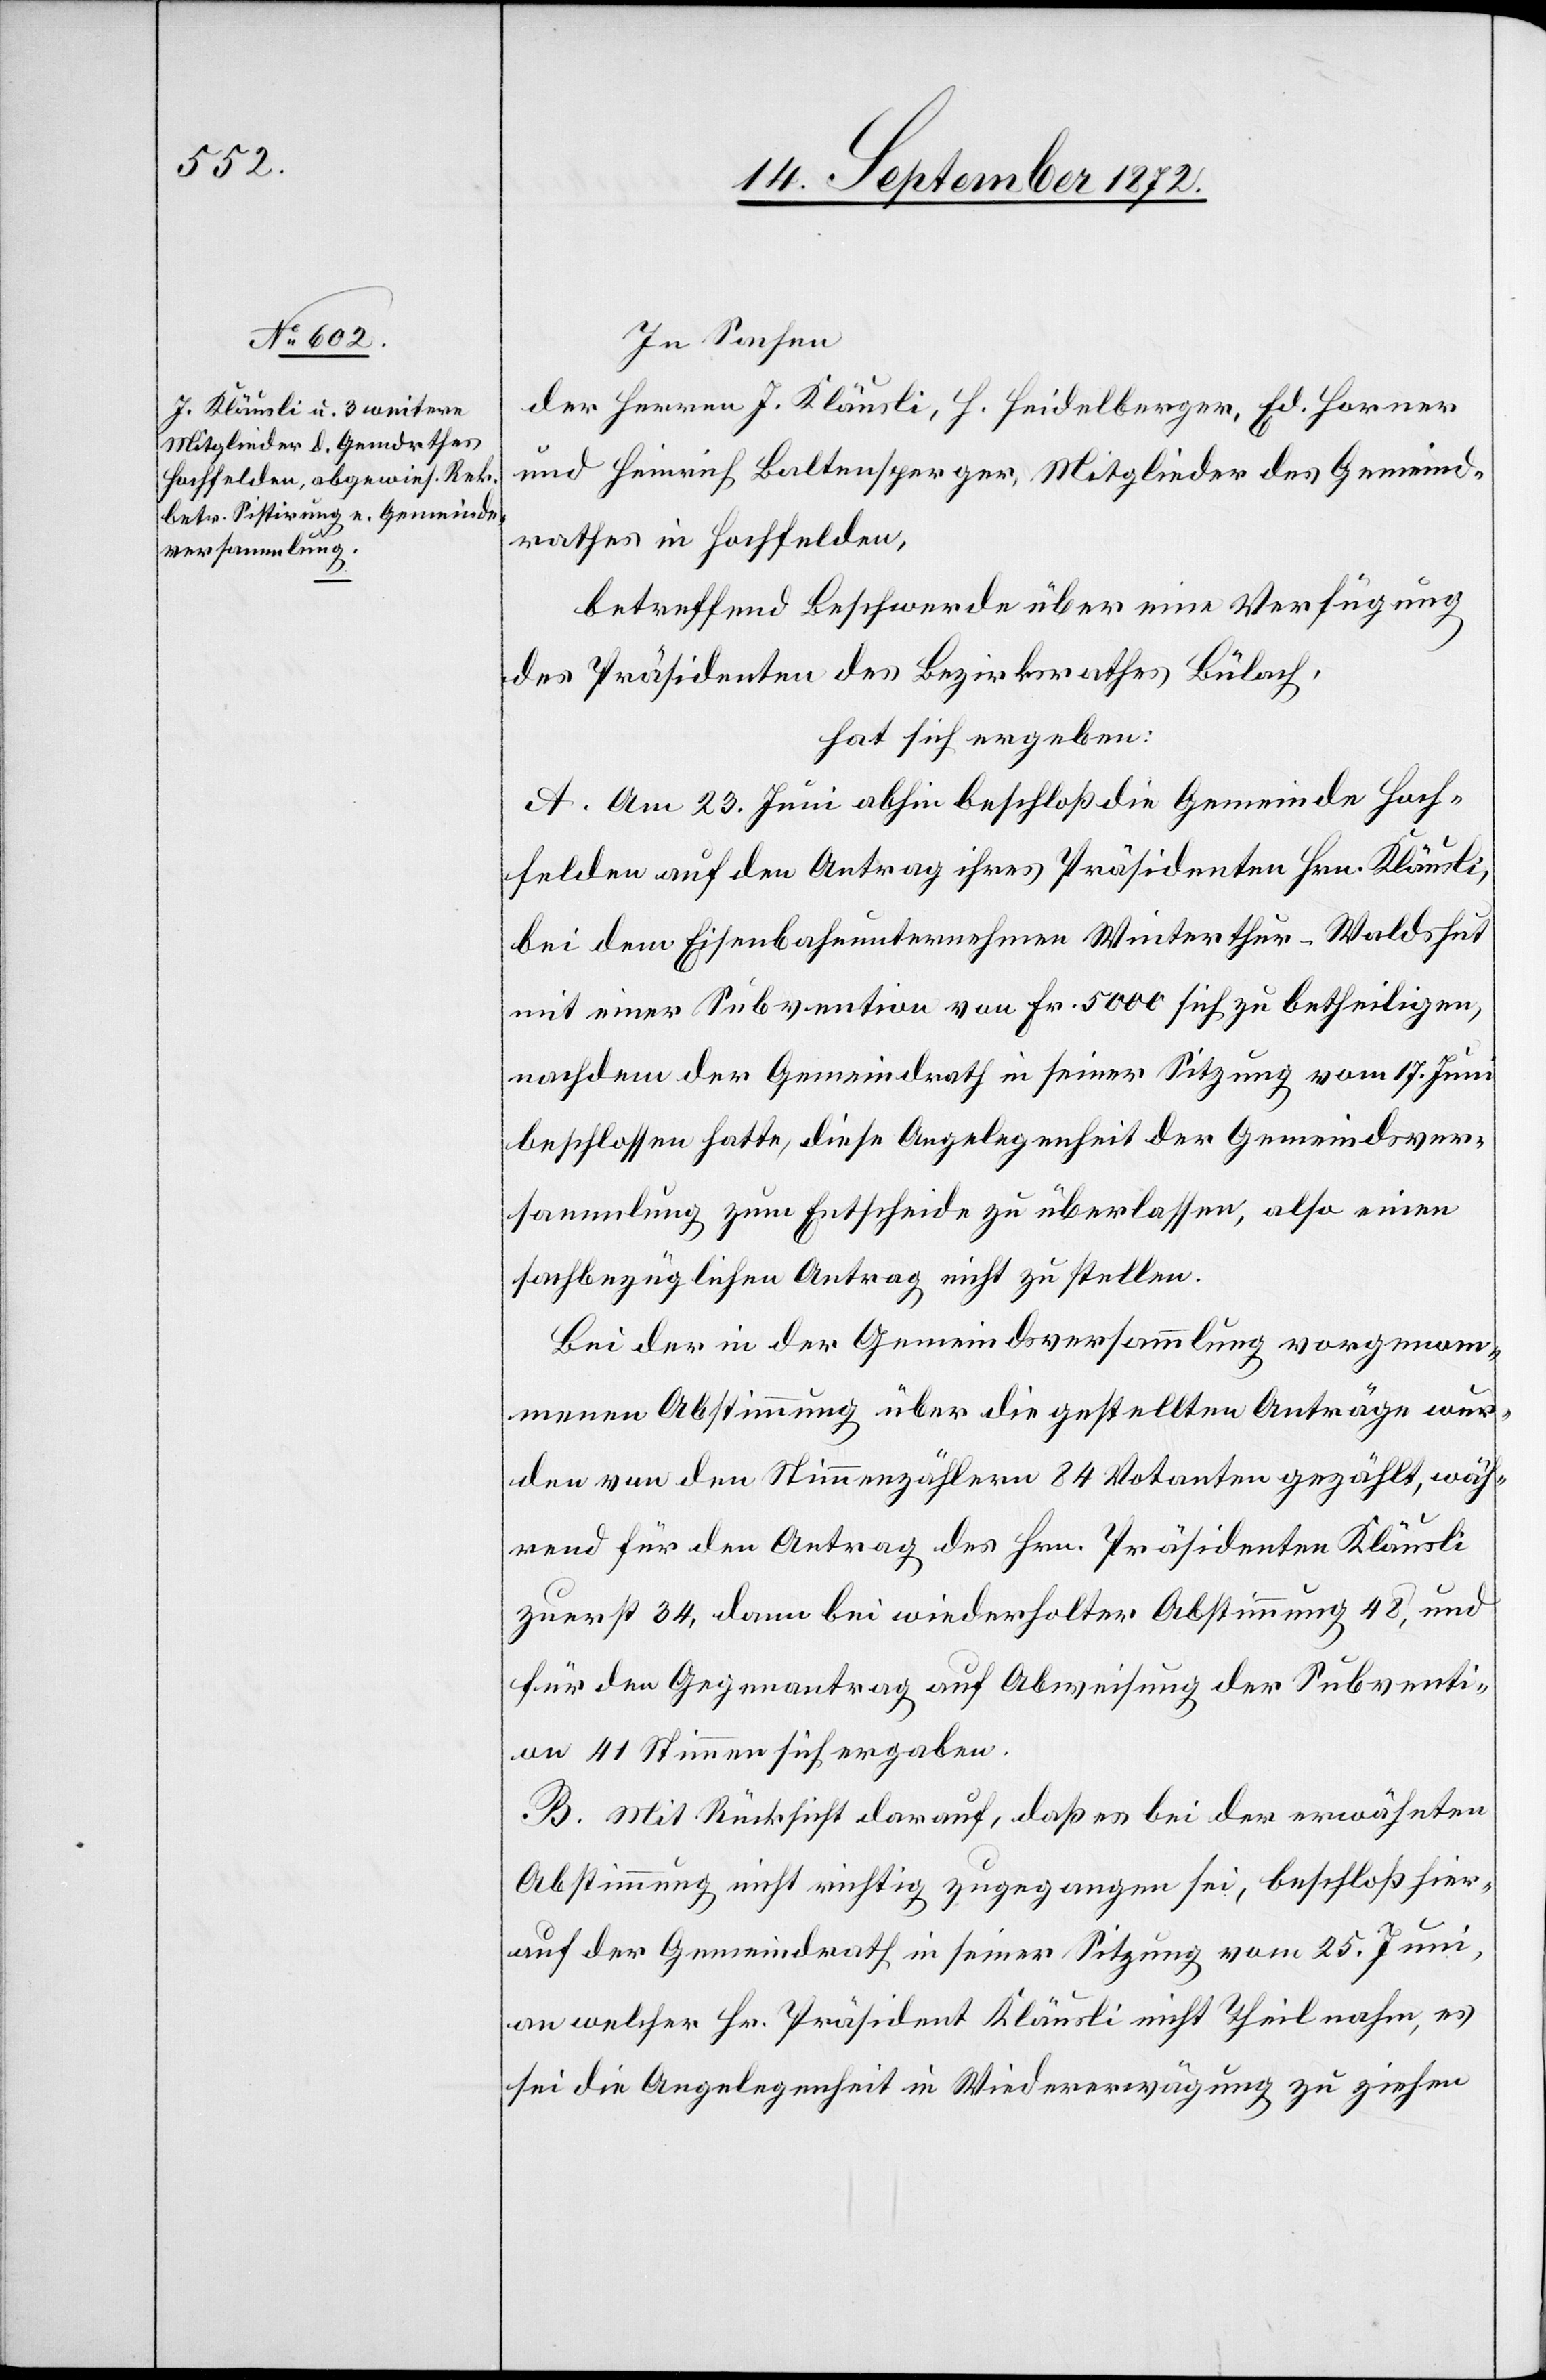
In Sachen
der Herren J. Kläusli, H. Heidelberger, Ed. Horner
und Heinrich Baltensperger, Mitglieder des Gemeind¬
rathes in Hochfelden,
betreffend Beschwerde über eine Verfügung
des Präsidenten des Bezirksrathes Bülach,
hat sich ergeben:
A. Am 23. Juni abhin beschloß die Gemeinde Hoch¬
felden auf den Antrag ihres Präsidenten Hrn. Kläusli,
bei dem Eisenbahnunternehmen Winterthur–Waldshut
mit einer Subvention von Fr. 5000 sich zu betheiligen,
nachdem der Gemeindrath in seiner Sitzung vom 17. Juni
beschlossen hatte, diese Angelegenheit der Gemeindsver¬
sammlung zum Entscheide zu überlassen, also einen
sachbezüglichen Antrag nicht zu stellen.
Bei der in der Gemeindsversammlung vorgenom¬
menen Abstimmung über die gestellten Anträge wur¬
den von den Stimmenzählern 84 Votanten gezählt, wäh¬
rend für den Antrag des Hrn. Präsidenten Kläusli
zuerst 34, dann bei wiederholter Abstimmung 48, und
für den Gegenantrag auf Abweisung der Subventi¬
on 41 Stimmen sich ergaben.
B. Mit Rücksicht darauf, daß es bei der erwähnten
Abstimmung nicht richtig zugegangen sei, beschloß hier¬
auf der Gemeindrath in seiner Sitzung vom 25. Juni,
an welcher Hr. Präsident Kläusli nicht Theil nahm, es
sei die Angelegenheit in Wiedererwägung zu ziehen